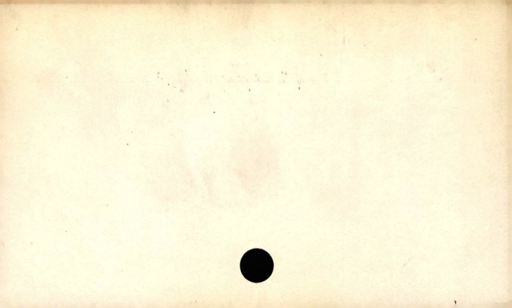
Label: blank